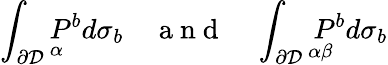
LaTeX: \int_{\partial\mathcal{D}}\underset{\alpha}{P}{}^{b}d\sigma_{b}\quad\mathrm{~a~n~d~}\quad\int_{\partial\mathcal{D}}\underset{\alpha\beta}{P}{}^{b}d\sigma_{b}